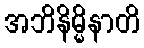
အဘိနိမ္မိနာတိ